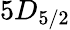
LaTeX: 5D_{5/2}